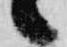
候